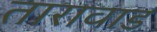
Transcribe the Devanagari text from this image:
तारावाड